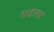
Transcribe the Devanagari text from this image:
गवतच